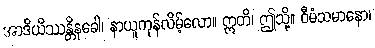
အာဒိယိဿန္တိနုခေါ၊ နာယူကုန်လိမ့်လော။ ဣတိ၊ ဤသို့။ ဝီမံသမာနော၊